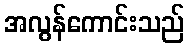
အလွန်ကောင်းသည်